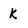
Character: k